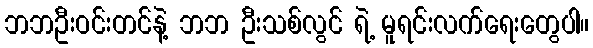
ဘဘဦးဝင်းတင်နဲ့ ဘဘ ဦးသစ်လွင် ရဲ့ မူရင်းလက်ရေးတွေပါ။